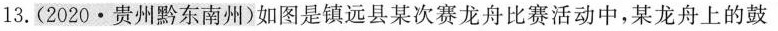
13.(2020 \cdot 贵州黔东南州)如图是镇远县某次赛龙舟比赛活动中，某龙舟上的鼓